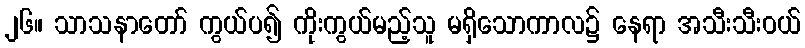
၂၆။ သာသနာတော် ကွယ်ပ၍ ကိုးကွယ်မည့်သူ မရှိသောကာလ၌ နေရာ အသီးသီးဝယ်